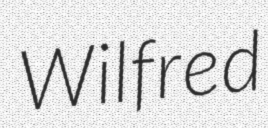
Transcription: Wilfred